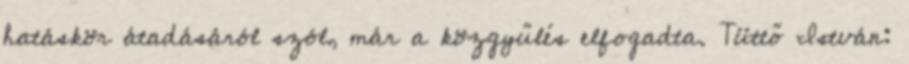
hatáskör átadásáról szól, már a közgyűlés elfogadta. Tüttő István: